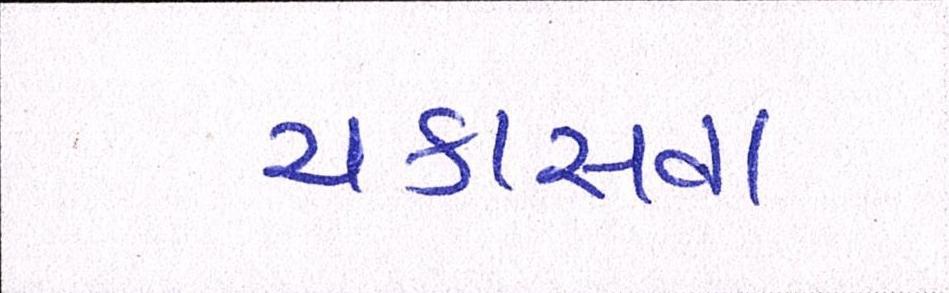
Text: ચકાસવા